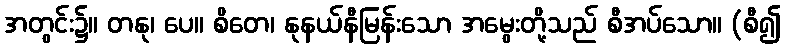
အတွင်း၌။ တနု၊ ပေ။ စိတေ၊ နုနယ်နီမြန်းသော အမွေးတို့သည် စီအပ်သော။ (စီ၍